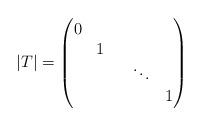
LaTeX: \begin{align*}|T|= \begin{pmatrix}0 & & & & \\ & 1 & & & \\ & & & \ddots & \\ & & & & 1\\\end{pmatrix}\end{align*}